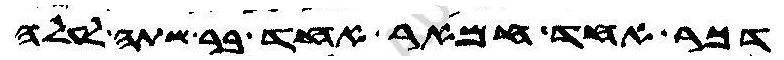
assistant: דכר אחד חמאר אחד בר שתה לעלה